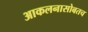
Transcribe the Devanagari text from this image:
आकलनासोबतच